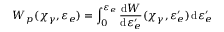
W _ { p } ( \chi _ { \gamma } , \varepsilon _ { e } ) = \int _ { 0 } ^ { \varepsilon _ { e } } \frac { \mathrm { d } W } { \mathrm { d } \varepsilon _ { e } ^ { \prime } } ( \chi _ { \gamma } , \varepsilon _ { e } ^ { \prime } ) \, \mathrm { d } \varepsilon _ { e } ^ { \prime }